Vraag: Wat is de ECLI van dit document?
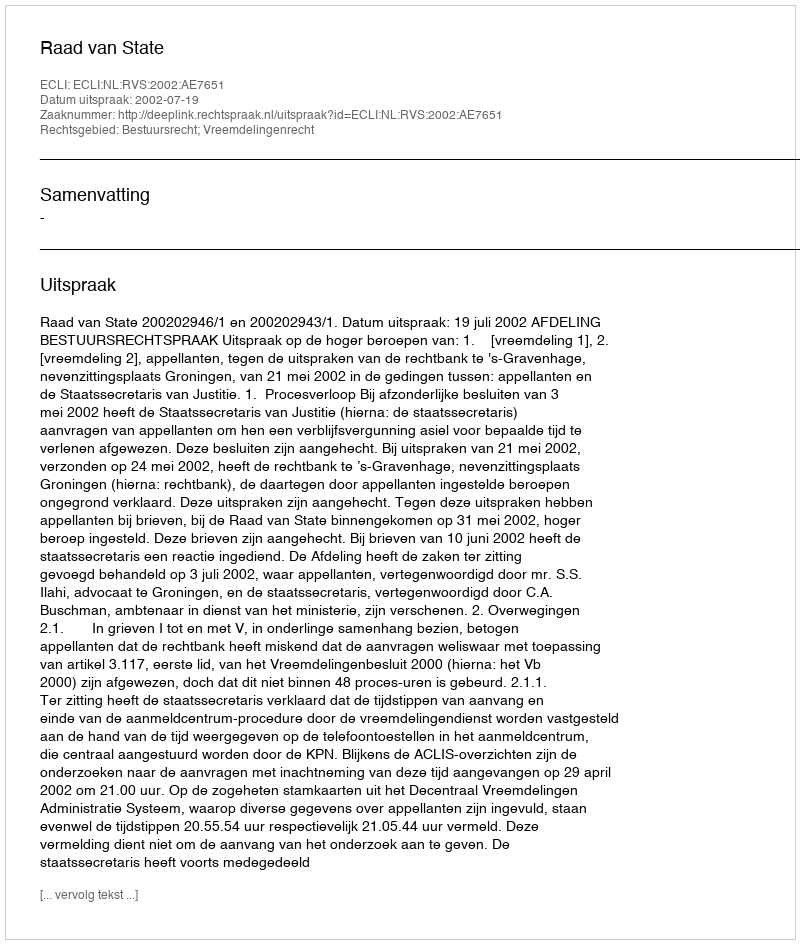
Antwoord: ECLI:NL:RVS:2002:AE7651